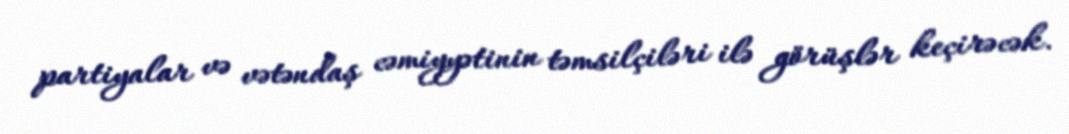
partiyalar və vətəndaş cəmiyyətinin təmsilçiləri ilə görüşlər keçirəcək.